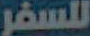
للسفر